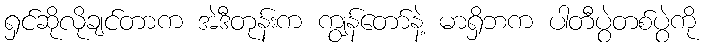
ရှင်ဆိုလိုချင်တာက အဲဒီတုန်းက ကျွန်တော်နဲ့ မာရှိဘက ပါတီပွဲတစ်ပွဲကို